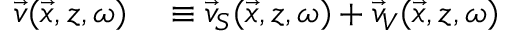
\begin{array} { r l } { \vec { v } ( \vec { x } , z , \omega ) } & { { } \equiv \vec { v } _ { S } ( \vec { x } , z , \omega ) + \vec { v } _ { V } ( \vec { x } , z , \omega ) } \end{array}